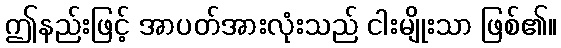
ဤနည်းဖြင့် အာပတ်အားလုံးသည် ငါးမျိုးသာ ဖြစ်၏။